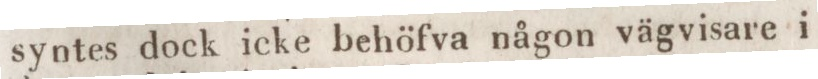
syntes dock icke behöfva någon vägvisare i